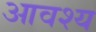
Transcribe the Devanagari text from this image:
आवश्‍य